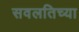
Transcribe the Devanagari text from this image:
सवलतिच्या